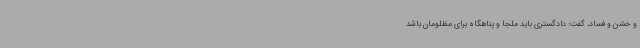
و خشن و فساد، گفت: دادگستری باید ملجا و پناهگاه برای مظلومان باشد